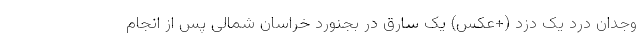
وجدان درد یک دزد (+عکس) یک سارق در بجنورد خراسان شمالی پس از انجام